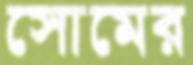
সোমের